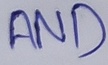
Text: AND